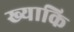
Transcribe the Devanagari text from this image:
ख्याकि